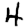
Digit: 4